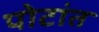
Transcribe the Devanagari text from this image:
पोटांत